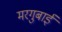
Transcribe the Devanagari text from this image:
मरगुबाई